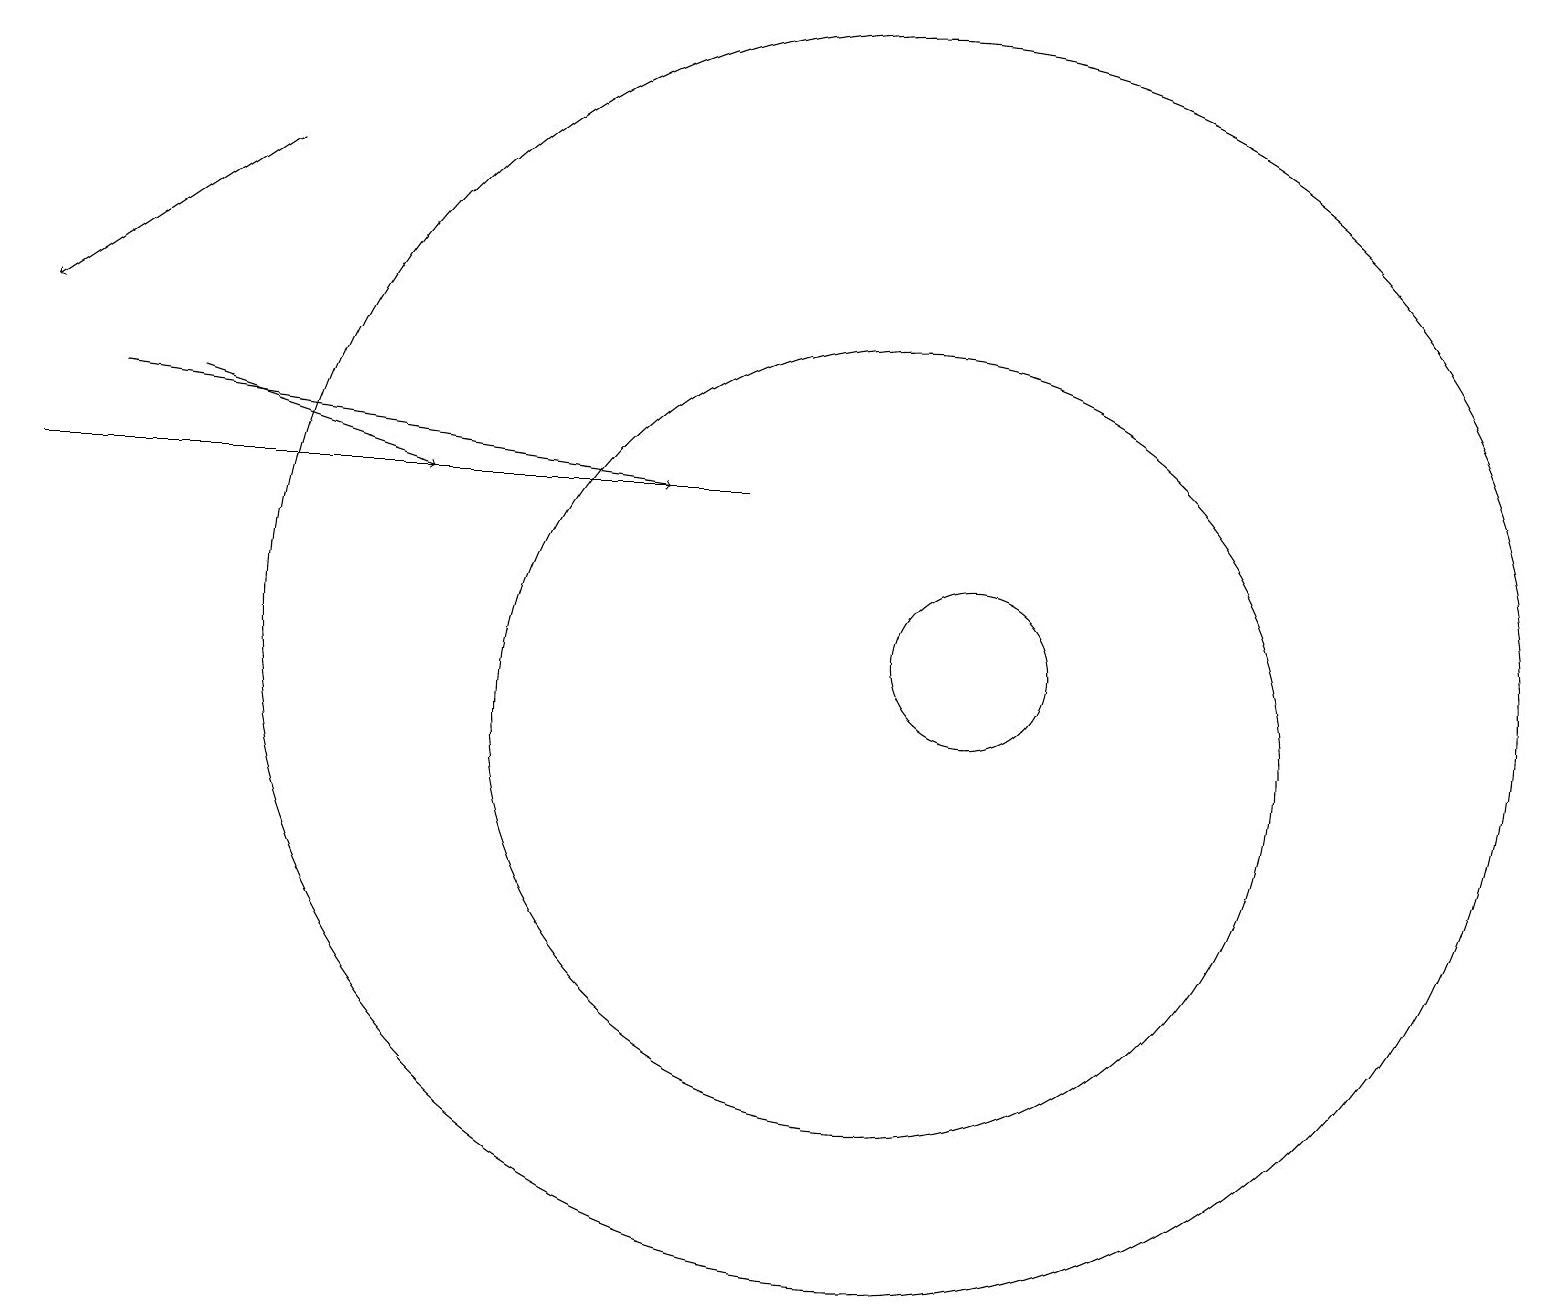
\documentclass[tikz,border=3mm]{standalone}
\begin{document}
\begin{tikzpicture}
\draw[->] (3,17) -- (0,15);
\draw[->] (2,14) -- (5,13);
\draw[->] (1,14) -- (8,13);
\draw (9,13) rectangle (0,13);
\draw (11,10) circle (5);
\draw (12,11) circle (1);
\draw (11,11) circle (8);
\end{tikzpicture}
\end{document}